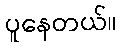
ပူနေတယ်။